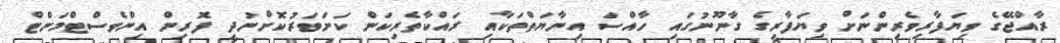
ރާއްޖޭގެ ވިޔަފާރިވެރިންނަށް ވިޔަފާރީގެ ގާނޫނުގައި ހާއްސަ އިނާޔަތްތަކާއި ރައްކާތެރިކަން ކަށަވަރުކޮށްނުދީ ފޮރިން އިންވެސްޓްމަންޓް